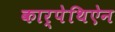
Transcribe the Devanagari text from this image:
कार्पेथिऐन